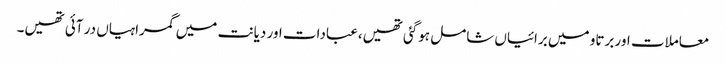
معاملات اور برتاو میں برائیاں شامل ہوگئی تھیں،عبادات اور دیانت میں گمراہیاں در آئی تھیں۔